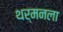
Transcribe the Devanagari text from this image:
थर्मनला